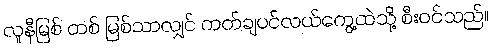
လူနီမြစ် တစ် မြစ်သာလျှင် ကတ်ချပင်လယ်ကွေ့ထဲသို့ စီးဝင်သည်။